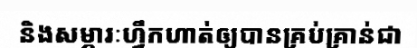
និងសម្ភារៈហ្វឹកហាត់ឲ្យបានគ្រប់គ្រាន់ជា